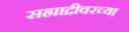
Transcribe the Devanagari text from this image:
सह्याद्रीवरच्या